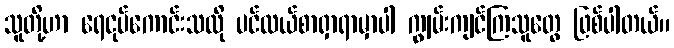
သူတို့ဟာ ရေငုပ်ကောင်းသလို ပင်လယ်စာရှာရာမှာပါ ကျွမ်းကျင်ကြသူတွေ ဖြစ်ပါတယ်။